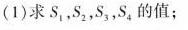
(1)求S，，S2，S，，S，的值；